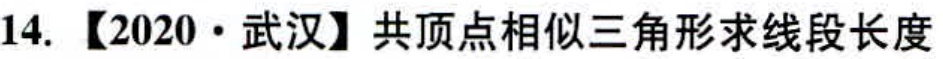
14. 【2020·武汉】共顶点相似三角形求线段长度